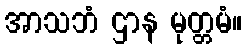
အာသဘံ ဌာန မုတ္တမံ။